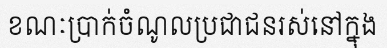
ខណៈប្រាក់ចំណូលប្រជាជនរស់នៅក្នុង